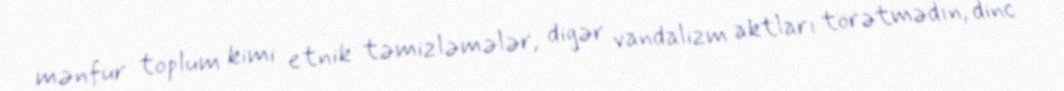
mənfur toplum kimi etnik təmizləmələr, digər vandalizm aktları törətmədın, dinc